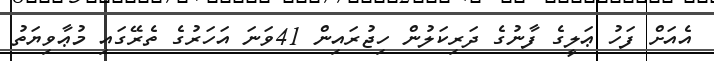
އެއަށް ފަހު ޢަލީގެ ފާނުގެ ދަރިކަލުން ހިޖުރައިން 41ވަނަ އަހަރުގެ ތެރޭގައި މުޢާވިޔަތު